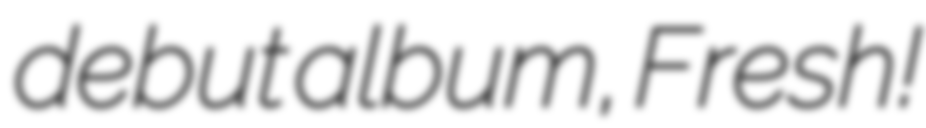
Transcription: debut album, Fresh!